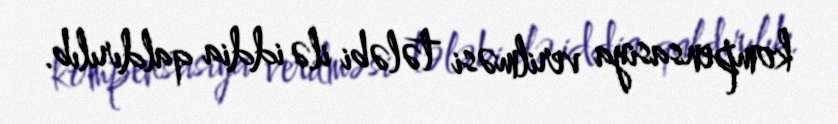
kompensasiya verilməsi tələbi ilə iddia qaldırılıb.